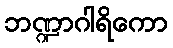
ဘဏ္ဍာဂါရိကော